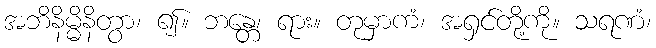
အဘိနိမ္မိနိတွာ၊ ၍။ ဘန္တေ၊ ရား။ တုမှာကံ၊ အရှင်တို့ကို။ သရဏံ၊